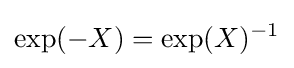
\exp(-X)=\exp(X)^{-1}